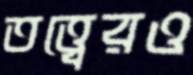
তত্ত্বেরও